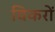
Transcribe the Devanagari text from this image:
विकरों